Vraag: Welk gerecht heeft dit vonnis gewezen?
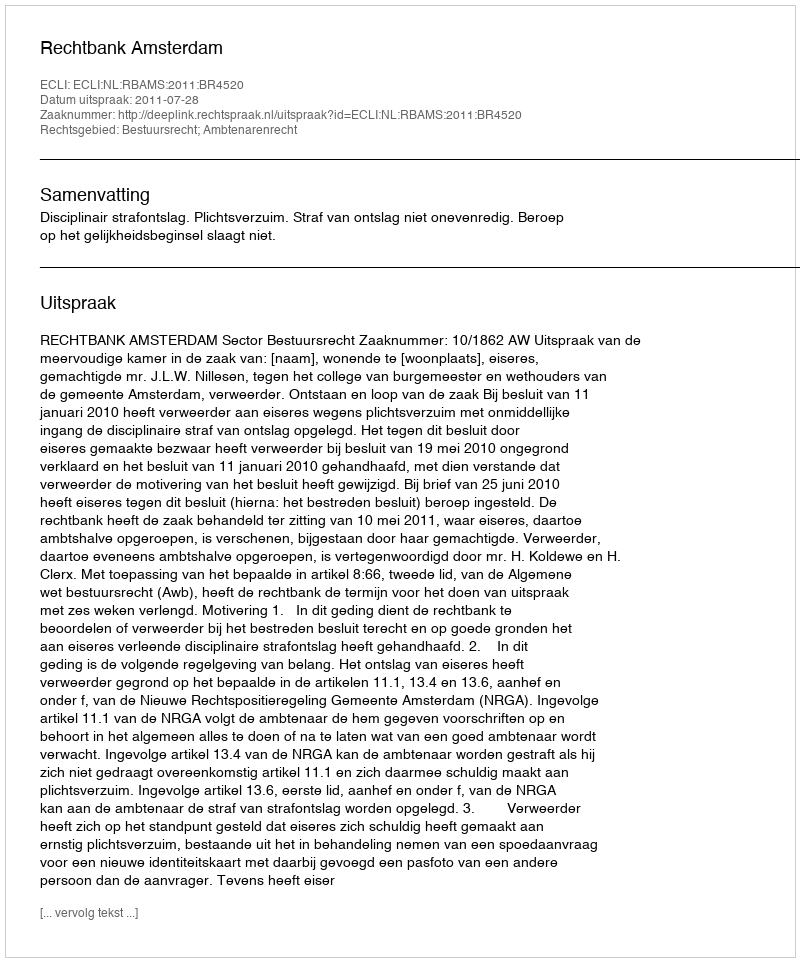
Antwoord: Rechtbank Amsterdam